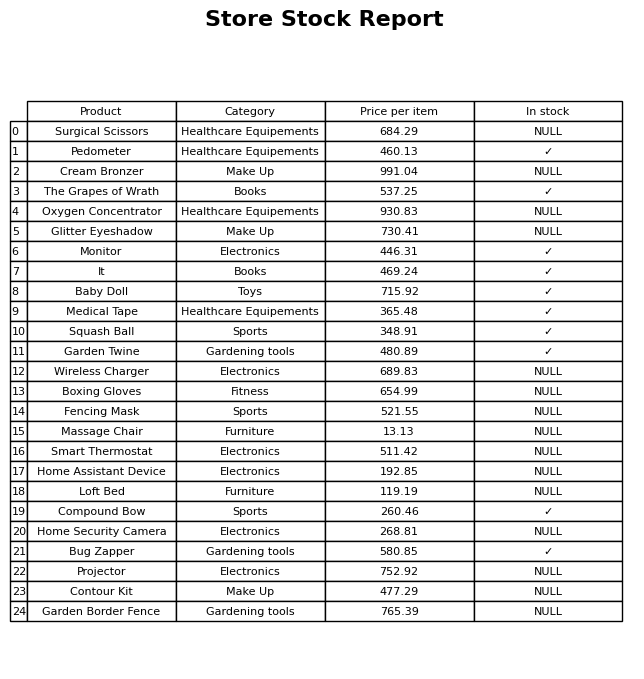
question: What is the price for Garden Twine?
answer: The price of Garden Twine is 480.89.